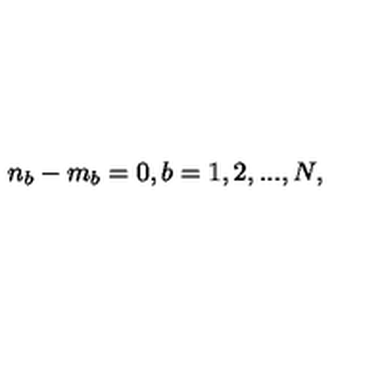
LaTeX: n _ { b } - m _ { b } = 0 , b = 1 , 2 , . . . , N ,